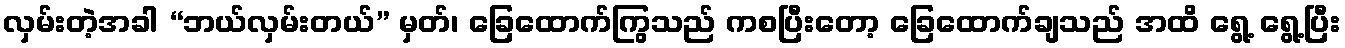
လှမ်းတဲ့အခါ “ဘယ်လှမ်းတယ်” မှတ်၊ ခြေထောက်ကြွသည် ကစပြီးတော့ ခြေထောက်ချသည် အထိ ရွေ့ ရွေ့ပြီး